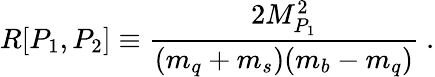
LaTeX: R[P_{1},P_{2}]\equiv\frac{2M_{P_{1}}^{2}}{(m_{q}+m_{s})(m_{b}-m_{q})}\ .